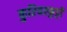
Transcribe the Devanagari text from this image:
कुरियरकुट्टी